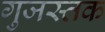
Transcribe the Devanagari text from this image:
गुजस्तक